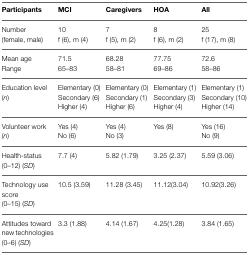
| Participants | MCI | Caregivers | HOA | All |
 | --- | --- | --- | --- | --- |
 | Number(female, male) | 10f(6), m (4) | 7f(5), m (2) | 8f(6), m (2) | 25f(17), m (8) |
 | Mean ageRange | 71.565–83 | 68.2858–81 | 77.7569–86 | 72.658–86 |
 | Education level(n) | Elementary (0)Secondary (6)Higher (4) | Elementary (0)Secondary (1)Higher (6) | Elementary (1)Secondary (3)Higher (4) | Elementary (1)Secondary (10)Higher (14) |
 | Volunteer work(n) | Yes (4)No (6) | Yes (4)No (3) | Yes (8) | Yes (16)No (9) |
 | Health-status(0–12) (SD) | 7.7 (4) | 5.82 (1.79) | 3.25 (2.37) | 5.59 (3.06) |
 | Technology use score(0–15) (SD) | 10.5 (3.59) | 11.28 (3.45) | 11.12(3.04) | 10.92(3.26) |
 | Attitudes toward new technologies(0–6) (SD) | 3.3 (1.88) | 4.14 (1.67) | 4.25(1.28) | 3.84 (1.65) |